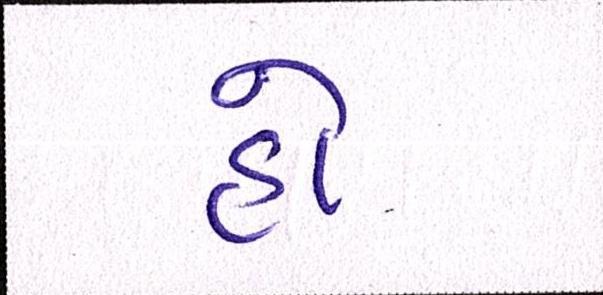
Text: હો